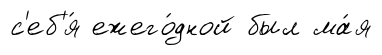
с'еб'я́ ежего́дной был ма́я